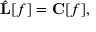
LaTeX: { \hat { \mathbf { L } } } [ f ] = \mathbf { C } [ f ] ,